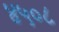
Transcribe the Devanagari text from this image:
४५०८